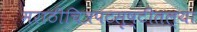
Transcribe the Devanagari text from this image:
मराठीचित्रपटसृष्टीतल्या